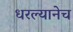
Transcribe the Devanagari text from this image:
धरल्यानेच